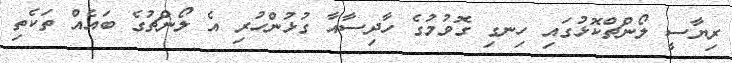
ރިޔާސީ ލޯންޗްކޮޅުގައި ހިނގި ގޮވުމުގެ ހާދިސާއާ ގުޅުންހުރި އެ ލޯންޗުގެ ބައެއް ތަކެތި